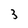
Character: 3